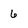
Character: 6